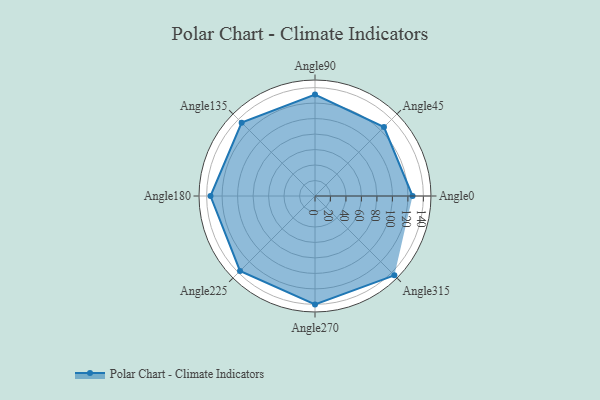
{"axis": {"x": "Angle", "y": "Radius"}, "legend": [""], "data": [{"x": "Angle0", "y": 126.0, "type": ""}, {"x": "Angle45", "y": 126.0, "type": ""}, {"x": "Angle90", "y": 131.0, "type": ""}, {"x": "Angle135", "y": 134.0, "type": ""}, {"x": "Angle180", "y": 135.0, "type": ""}, {"x": "Angle225", "y": 137.0, "type": ""}, {"x": "Angle270", "y": 140.0, "type": ""}, {"x": "Angle315", "y": 145.0, "type": ""}]}